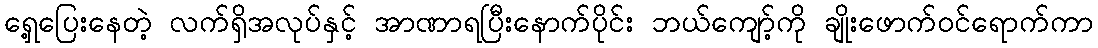
ရှေ့ပြေးနေတဲ့ လက်ရှိအလုပ်နှင့် အာဏာရပြီးနောက်ပိုင်း ဘယ်ကျော့်ကို ချိုးဖောက်ဝင်ရောက်ကာ